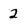
Character: 2